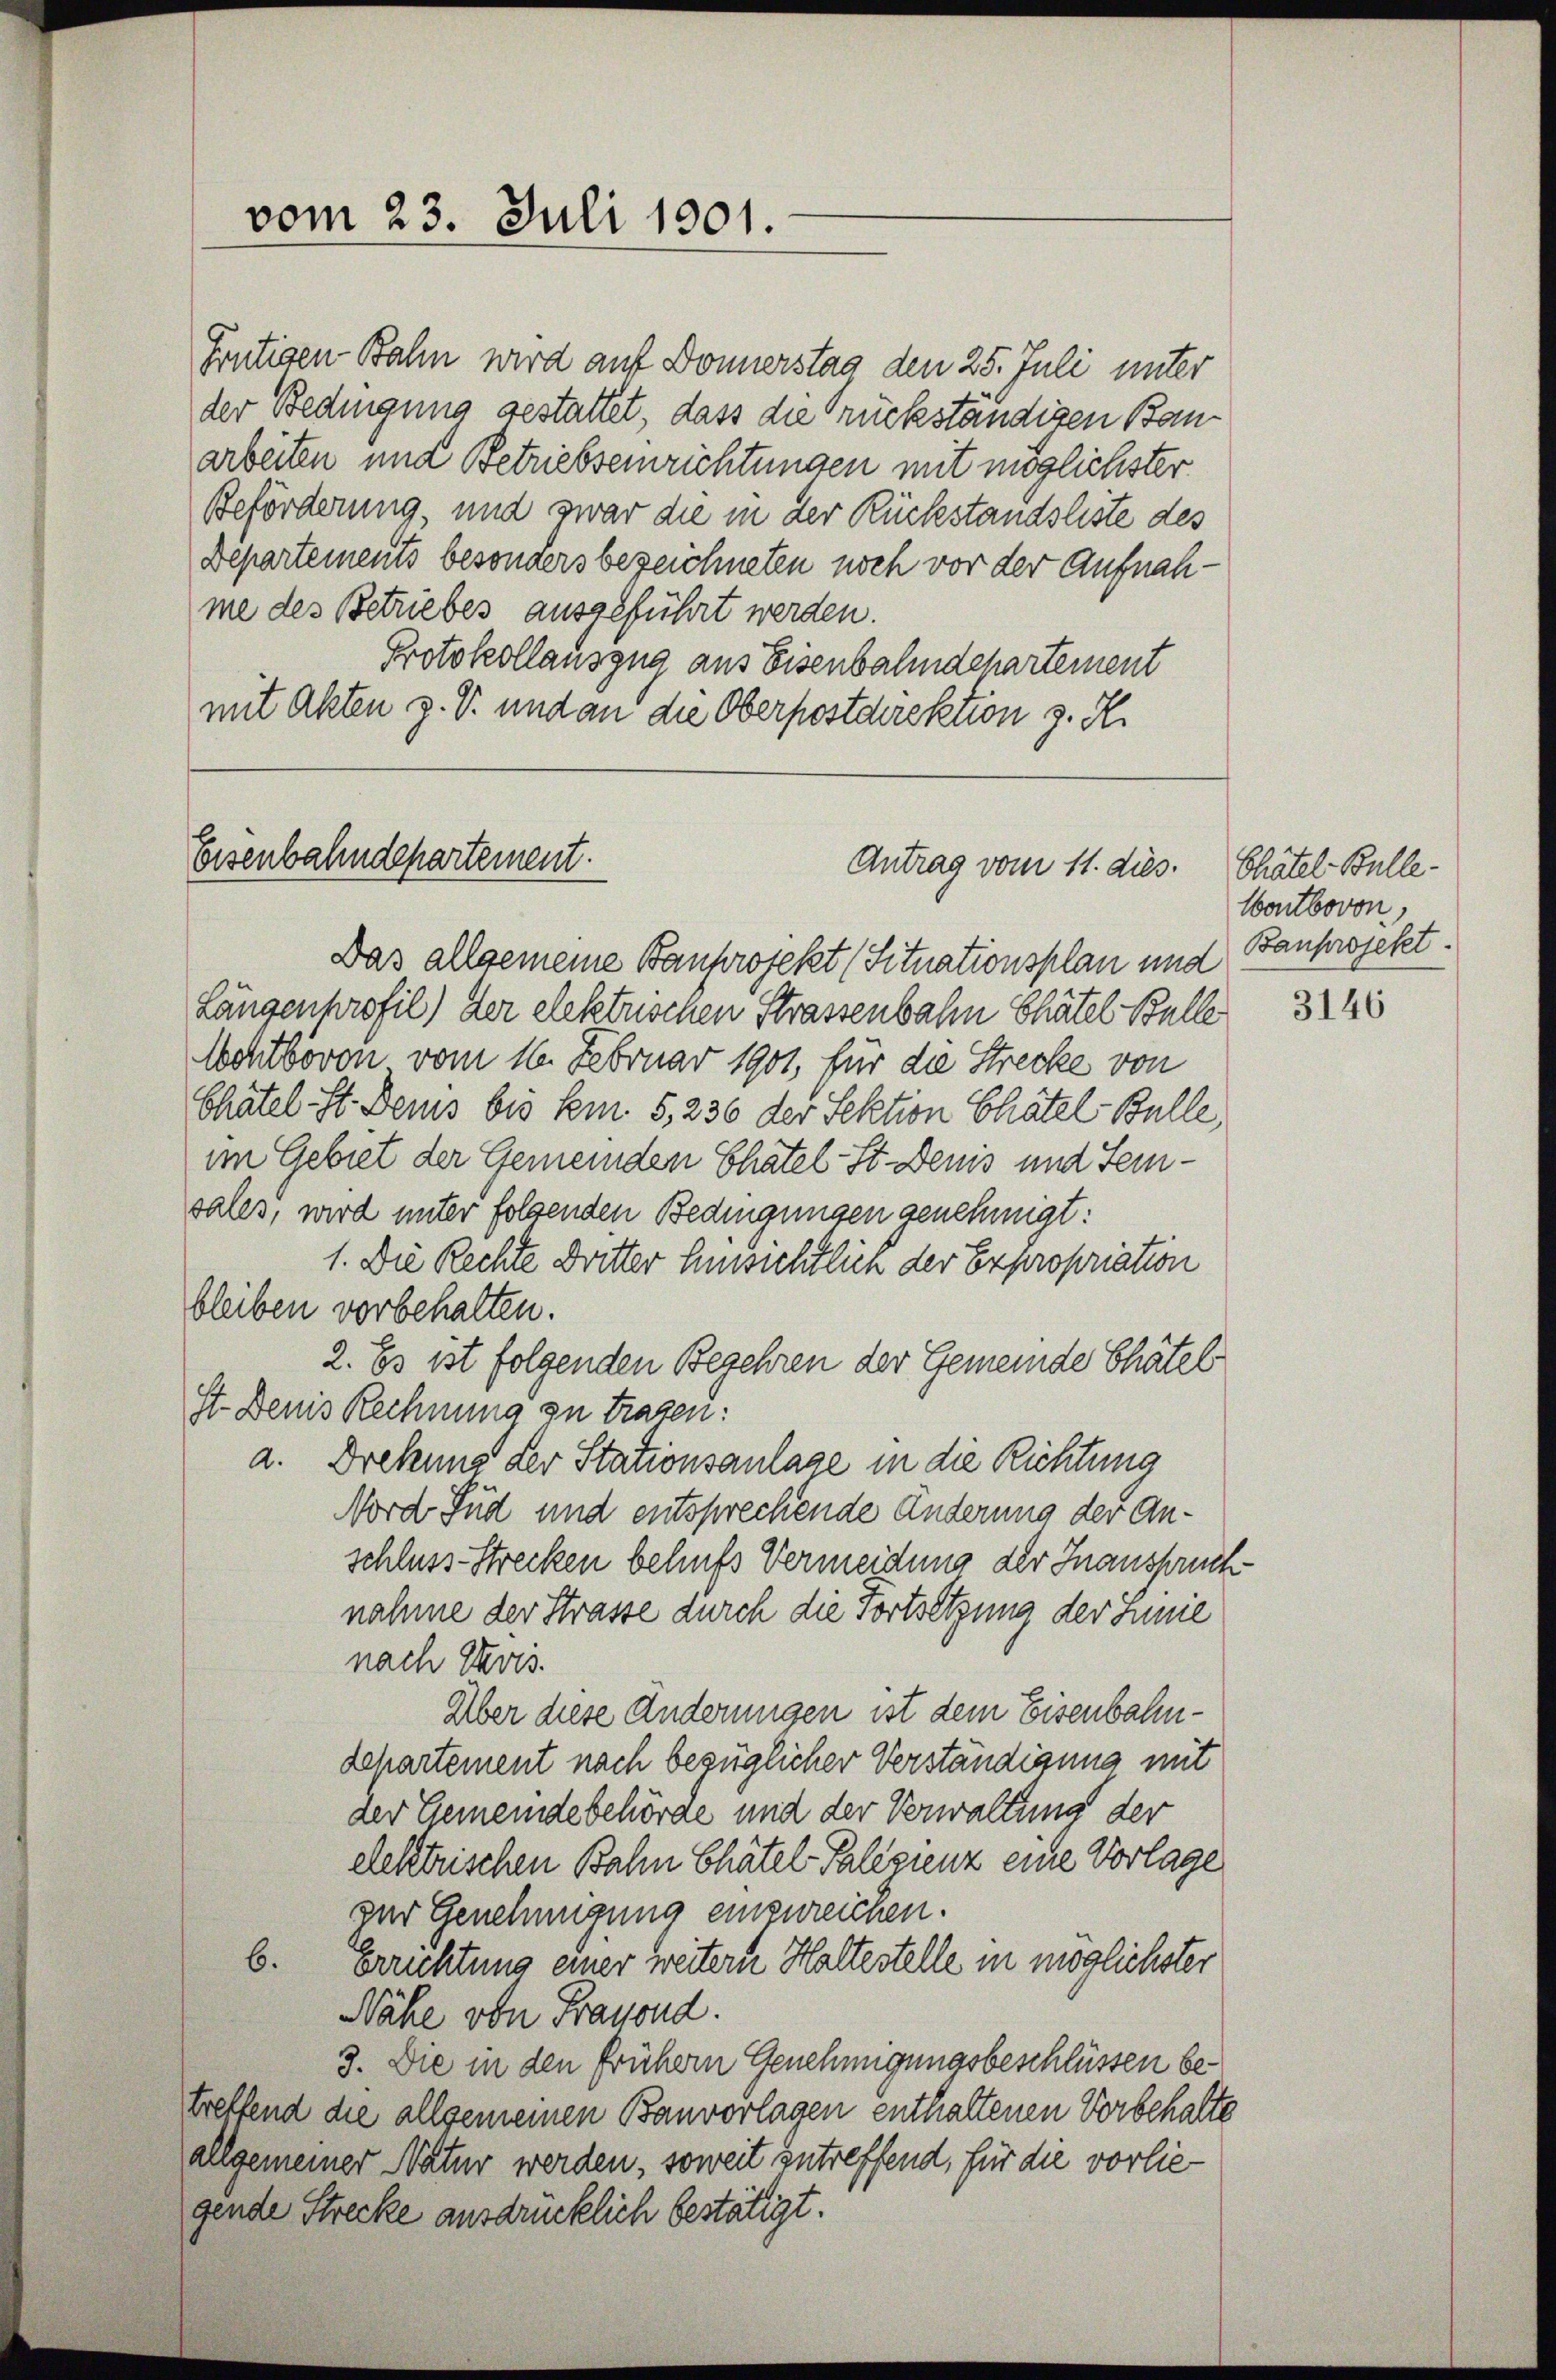
vom 23. Juli 1901.

Frutigen Bahn wird auf Donnerstag den 25. Juli unter
der Bedingung gestattet, dass die Rückständigen Bauarbeiten und Betriebseinrichtungen mit möglichster
Beförderung, und zwar die in der Rückstandsliste des
Departements besonders bezeichneten noch vor der Aufnahme des Betriebes ausgeführt werden.
Protokollauszug aus Eisenbahndepartement
mit Akten z. B. und an die Oberpostdirektion z. R.

Eisenbahndepartement.

Das allgemeine Bauprojekt (Situationsplan und Bauprojekt.
Längenhrofil) der elektrischen Strassenbahn Thätel Bulle
Achtbovon vom 16. Februar 1901, für die Strecke von
Chatel. St. Beis bis kein 5, 236 der Sektion Chatel Bulle,
im Gebiet der Gemeinden Chatel-St. Denis und Feisalls, wird unter folgenden Bedingungen genehmigt:
1. Die Rechte Dritter Hinsichtlich der Expropriation
bleiben vorbehalten.
2. Es ist folgenden Begehren der Gemeinde Thätel
st. Denis Rechnung zu tragen:
a. Drehung der Stationsanlage in die Richtung
Nord Jud und entsprechende Änderung der Anschluss-Strecken behufs Vermeidung der Inansprüchnahme der Strasse durch die Fortsetzung der Linie
nach Kris.
Über diese Änderungen ist dem Eisenbahn¬
Lehartement nach bezüglicher Verständigung mit
der Gemeindebehörde und der Verwaltung der
elektrischen Bahn Chätel- Palizienz eine Vorlage
der Genehmigung einzureichen.
b. Errichtung einer weitern Haltestelle in möglichster
Nähe von Frauend.
3. Die in den frühem Genehmigungsbeschlüssen betreffend die allgemeinen Banvorlagen enthaltenen Vorbehalte
allgemeiner Natur werden, soweit zutreffend, für die vorlie-
gende Strecke ausdrücklich bestätigt.

Antrag vom 11. dies. Chätel- Bulle¬

Wontbovon,

3146